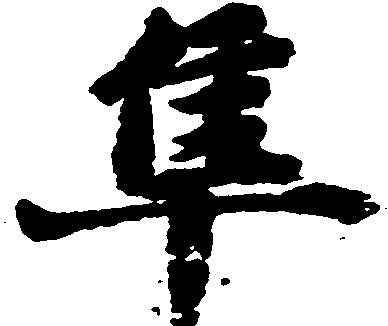
隼